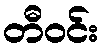
တီဝင်း